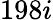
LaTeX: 198i